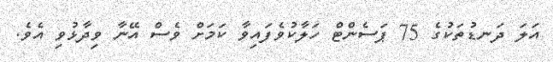
އަލަ ދަނޑުތަކުގެ 75 ޕަސެންޓް ހަލާކުވެފައިވާ ކަމަށް ވެސް އޭނާ ވިދާޅުވި އެވެ.